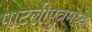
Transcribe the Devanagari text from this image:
पाटलीपुत्रमध्ये